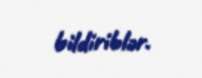
bildiriblər.